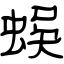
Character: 蜈